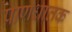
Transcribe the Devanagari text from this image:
प्राणधातक